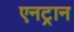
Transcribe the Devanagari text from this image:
एनट्रान